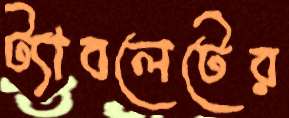
ট্যাবলেটের